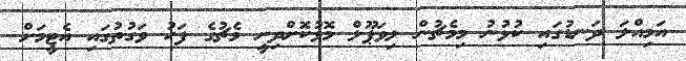
އަމިއްލަ ދަނޑުގައި ކުޅުނު މިމެޗުން ލިވަޕޫލް މޮޅުކޮށްދިނީ މެޗުގެ ފަހު ވަގުތުގައި އެޓީމަށް